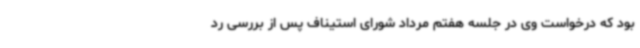
بود که درخواست وی در جلسه هفتم مرداد شورای استیناف پس از بررسی رد